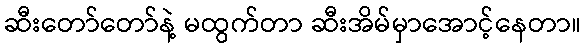
ဆီးတော်တော်နဲ့ မထွက်တာ ဆီးအိမ်မှာအောင့်နေတာ။